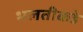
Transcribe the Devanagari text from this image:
भलतीकडे